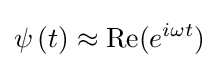
\psi \left(t\right)\approx \operatorname {Re} (e^{i\omega t})